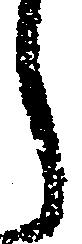
し